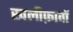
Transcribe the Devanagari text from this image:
खलीफ़ावों